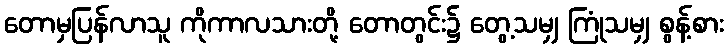
တောမှပြန်လာသူ ကိုကာလသားတို့ တောတွင်း၌ တွေ့သမျှ ကြုံသမျှ စွန့်စား